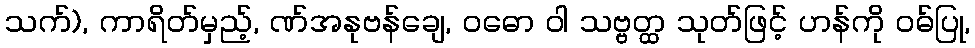
သက်), ကာရိတ်မှည့်, ဏ်အနုဗန်ချေ, ဝဓော ဝါ သဗ္ဗတ္ထ သုတ်ဖြင့် ဟန်ကို ဝဓ်ပြု,